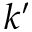
k ^ { \prime }